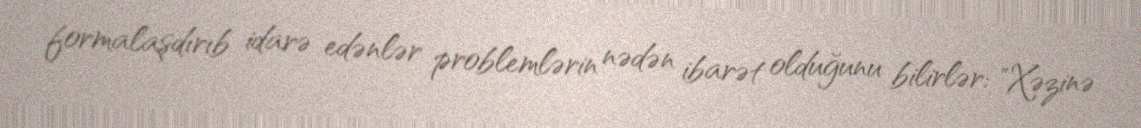
formalaşdırıb idarə edənlər problemlərin nədən ibarət olduğunu bilirlər: "Xəzinə